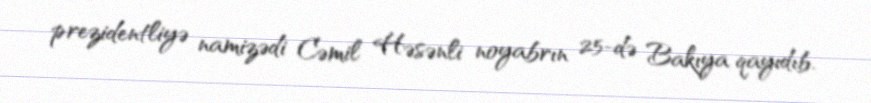
prezidentliyə namizədi Cəmil Həsənli noyabrın 25-də Bakıya qayıdıb.